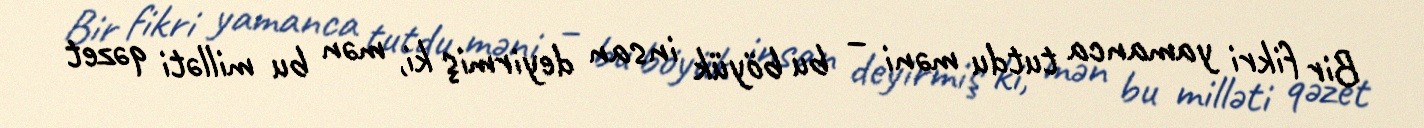
Bir fikri yamanca tutdu məni – bu böyük insan deyirmiş ki, mən bu milləti qəzet